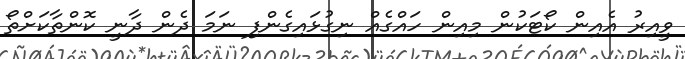
ވީއިރު އެއިން ކޯޓަކުން މިއިން ހައްގެއް ނިގުޅައިގެންފި ނަމަ ދެން ދާނީ ކޮންތާކަށްތޯ